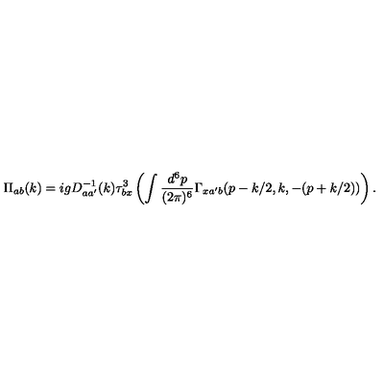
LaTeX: \Pi _ { a b } ( k ) = i g D _ { a a ^ { \prime } } ^ { - 1 } ( k ) \tau _ { b x } ^ { 3 } \left( \int \frac { d ^ { 6 } p } { ( 2 \pi ) ^ { 6 } } \Gamma _ { x a ^ { \prime } b } ( p - k / 2 , k , - ( p + k / 2 ) ) \right) .